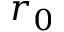
r _ { 0 }